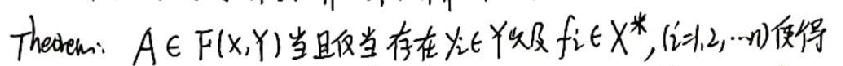
Theorem: $A\in\mathcal{F}(X,Y)$当且仅当存在$y_i\in Y$及$f_i\in X^*,(i = 1,2,\cdots,n)$使得